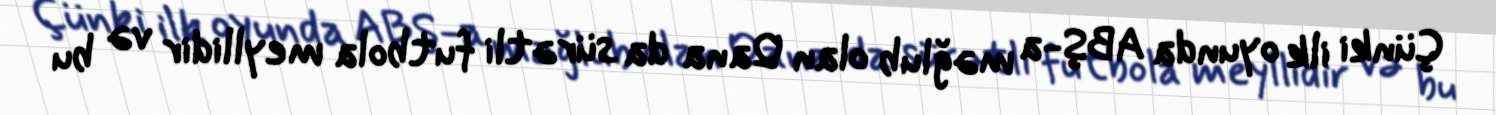
Çünki ilk oyunda ABŞ-a məğlub olan Qana da sürətli futbola meyllidir və bu